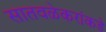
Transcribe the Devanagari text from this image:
सातवळेकरांकडे